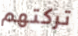
تركتهم